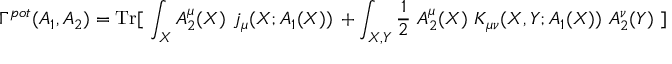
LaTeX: \Gamma ^ { p o t } ( A _ { 1 } , A _ { 2 } ) = { \mathrm { T r } } [ \ \int _ { X } A _ { 2 } ^ { \mu } ( X ) \ j _ { \mu } ( X ; A _ { 1 } ( X ) ) \, + \int _ { X , Y } { \frac { 1 } { 2 } } \ A _ { 2 } ^ { \mu } ( X ) \ { \cal K } _ { \mu \nu } ( X , Y ; A _ { 1 } ( X ) ) \ A _ { 2 } ^ { \nu } ( Y ) \ ]